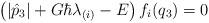
LaTeX: \begin{align*} \left(|\hat{p}_3|+G\hbar\lambda_{(i)}-E\right)f_i(q_3)=0\end{align*}